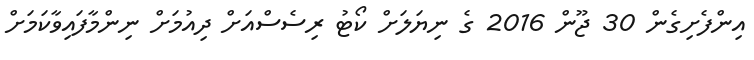
އިންފެށިގެން 30 ޖޫން 2016 ގެ ނިޔަލަށް ކޯޓު ރިސެސްއަށް ދިއުމަށް ނިންމާފައިވާކަމަށް